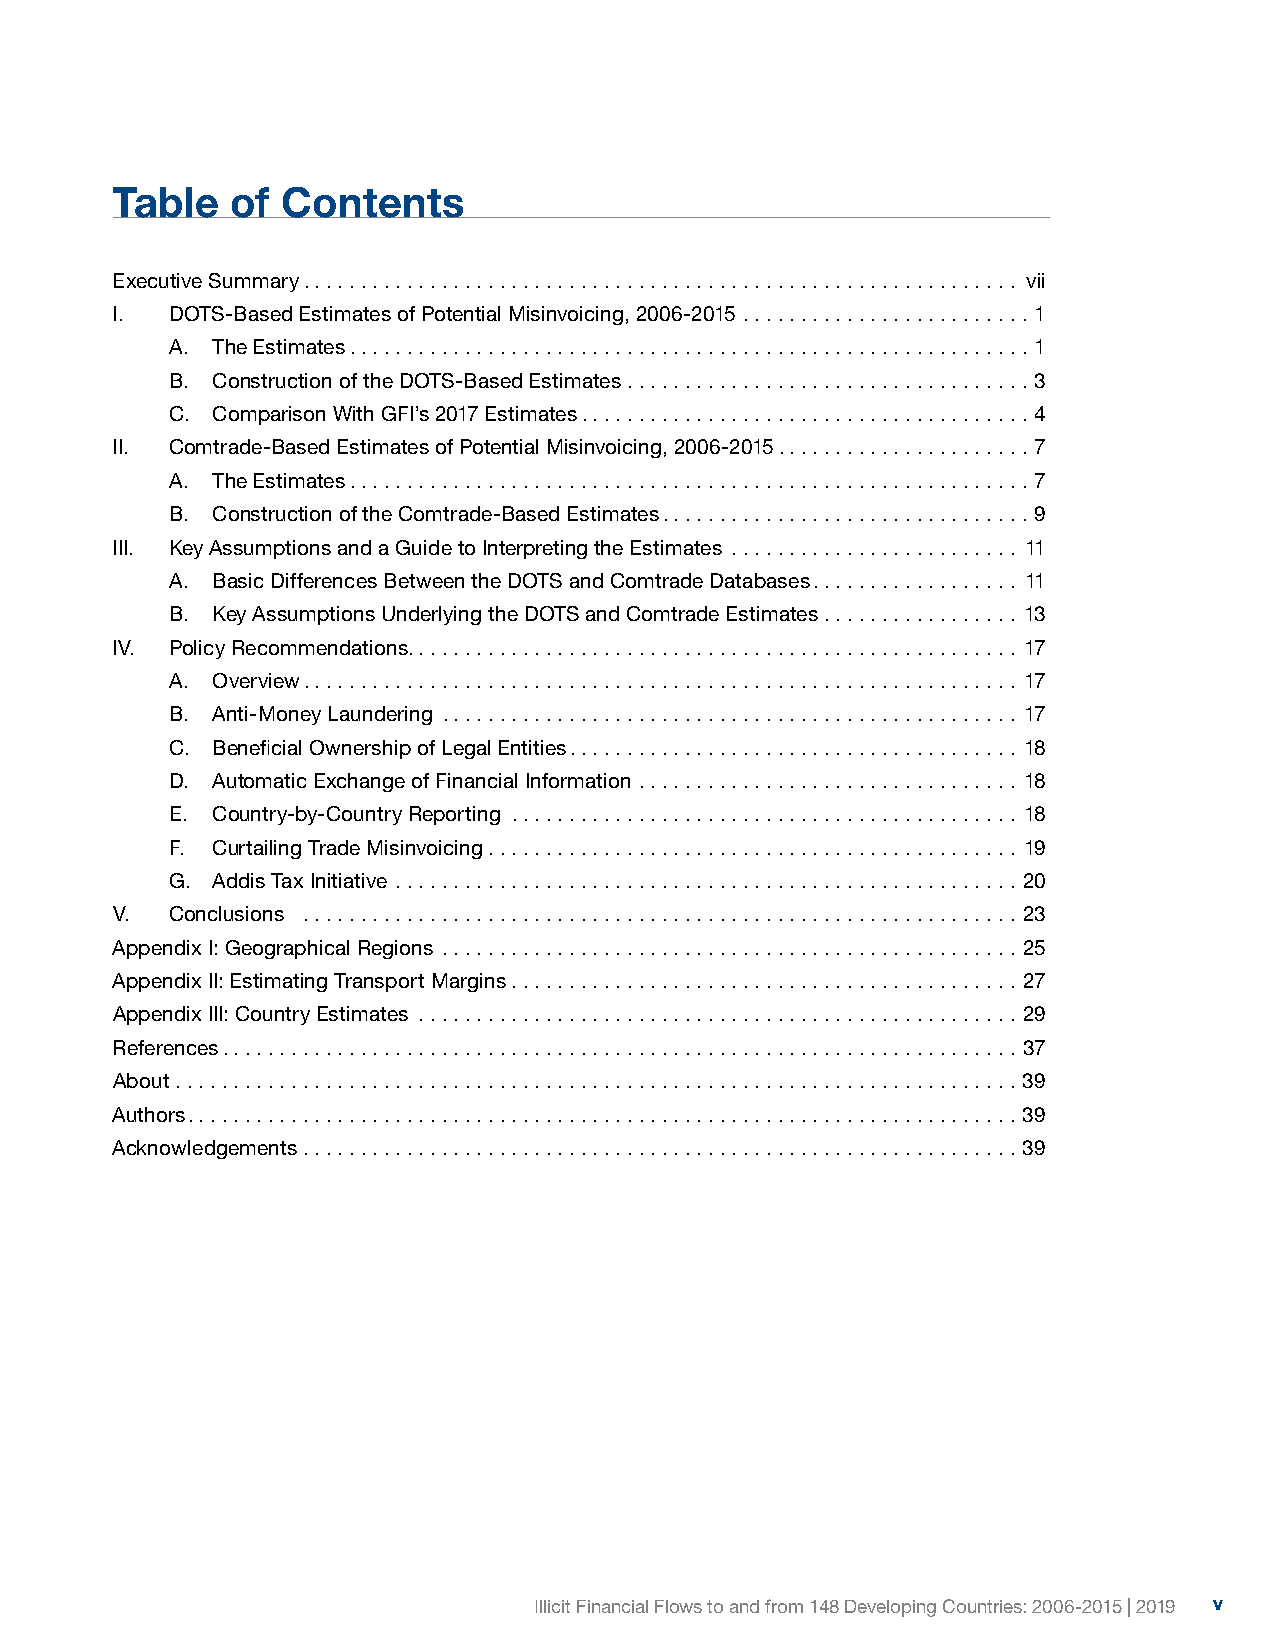
Table   of  Contents
 Executive Summary.............................................................. vii
 I.  DOTS-Based Estimates of Potential Misinvoicing, 2006-2015 ......................... 1
 A. The Estimates........................................................... 1
 B. Construction of the DOTS-Based Estimates ................................... 3
 C. Comparison With GFI’s 2017 Estimates....................................... 4
 II. Comtrade-Based Estimates of Potential Misinvoicing, 2006-2015...................... 7
 A. The Estimates........................................................... 7
 B. Construction of the Comtrade-Based Estimates................................ 9
 III. Key Assumptions and a Guide to Interpreting the Estimates ......................... 11
 A. Basic Differences Between the DOTS and Comtrade Databases.................. 11
 B. Key Assumptions Underlying the DOTS and Comtrade Estimates ................. 13
 IV. Policy Recommendations..................................................... 17
 A. Overview.............................................................. 17
 B. Anti-Money Laundering .................................................. 17
 C. Beneficial Ownership of Legal Entities....................................... 18
 D. Automatic Exchange of Financial Information ................................. 18
 E. Country-by-Country Reporting ............................................ 18
 F. Curtailing Trade Misinvoicing .............................................. 19
 G. Addis Tax Initiative ...................................................... 20
 V.  Conclusions .............................................................. 23
 Appendix I: Geographical Regions .................................................. 25
 Appendix II: Estimating Transport Margins ............................................ 27
 Appendix III: Country Estimates .................................................... 29
 References..................................................................... 37
 About ......................................................................... 39
 Authors........................................................................ 39
 Acknowledgements .............................................................. 39
 Illicit Financial Flows to and from 148 Developing Countries: 2006-2015 | 2019 v